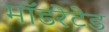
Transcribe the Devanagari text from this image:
मॉडरेटेड